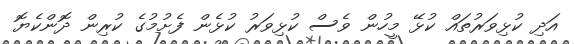
އަދި ކުޅިވަރުތައް ކުޅޭ މީހުން ވެސް ކުޅިވަރު ކުޅެން ފެށުމުގެ ކުރިން ދޮންކެޔޮ